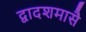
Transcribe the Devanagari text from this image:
द्वादशमासै